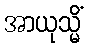
အာယုသ္မိံ